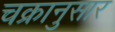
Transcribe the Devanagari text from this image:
चक्रानुसार